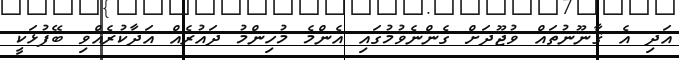
އަދި އެ ޤާނޫނުތައް ވުޖޫދަށް ގެންނެވުމުގައި އެންމެ މުހިންމު ދައުރެއް އަދާކުރެއްވި ބޭފުޅަކީ